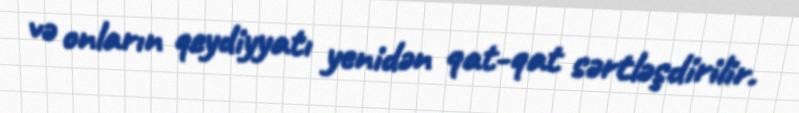
və onların qeydiyyatı yenidən qat-qat sərtləşdirilir.